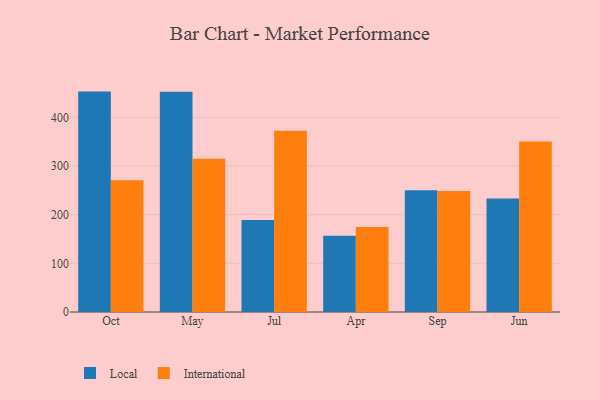
{"axis": {"x": "Month", "y": "Satisfaction Score"}, "legend": ["International", "Local"], "data": [{"x": "Oct", "y": 452.9, "type": "Local"}, {"x": "Oct", "y": 270.9, "type": "International"}, {"x": "May", "y": 452.7, "type": "Local"}, {"x": "May", "y": 314.7, "type": "International"}, {"x": "Jul", "y": 189.0, "type": "Local"}, {"x": "Jul", "y": 372.4, "type": "International"}, {"x": "Apr", "y": 156.6, "type": "Local"}, {"x": "Apr", "y": 174.8, "type": "International"}, {"x": "Sep", "y": 250.0, "type": "Local"}, {"x": "Sep", "y": 248.8, "type": "International"}, {"x": "Jun", "y": 233.2, "type": "Local"}, {"x": "Jun", "y": 350.2, "type": "International"}]}